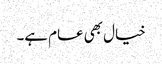
خیال بھی عام ہے۔